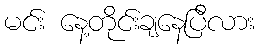
မင်း နေ့တိုင်းချနေပြီလား